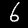
Label: 6